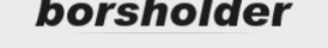
borsholder